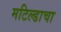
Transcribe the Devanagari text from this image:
मटिल्डाचा